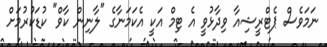
ނަމަވެސް ޕެޓްރީޝިއާ ވިދާޅުވީ އެ ޓިމް އަކީ އެކަމަނާގެ "ލާނިން ކާވް" ކުޑަކުރުމަށް